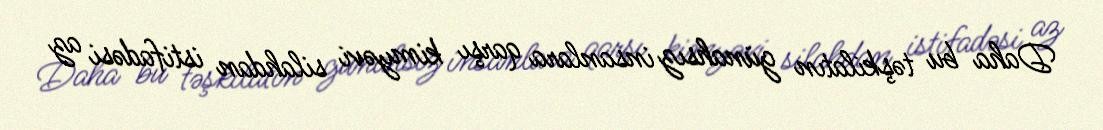
Daha bu təşkilatın günahsız insanlara qarşı kimyəvi silahdan istifadəsi az